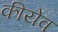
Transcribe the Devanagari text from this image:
कीयेव